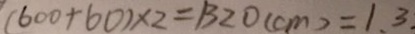
( 6 0 0 + 6 0 ) \times 2 = 1 3 2 0 ( c m ) = 1 . 3 _ { \cdot }